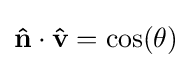
\mathbf {\hat {n}} \cdot \mathbf {\hat {v}} =\cos(\theta )